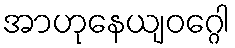
အာဟုနေယျဝဂ္ဂေါ